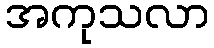
အကုသလာ